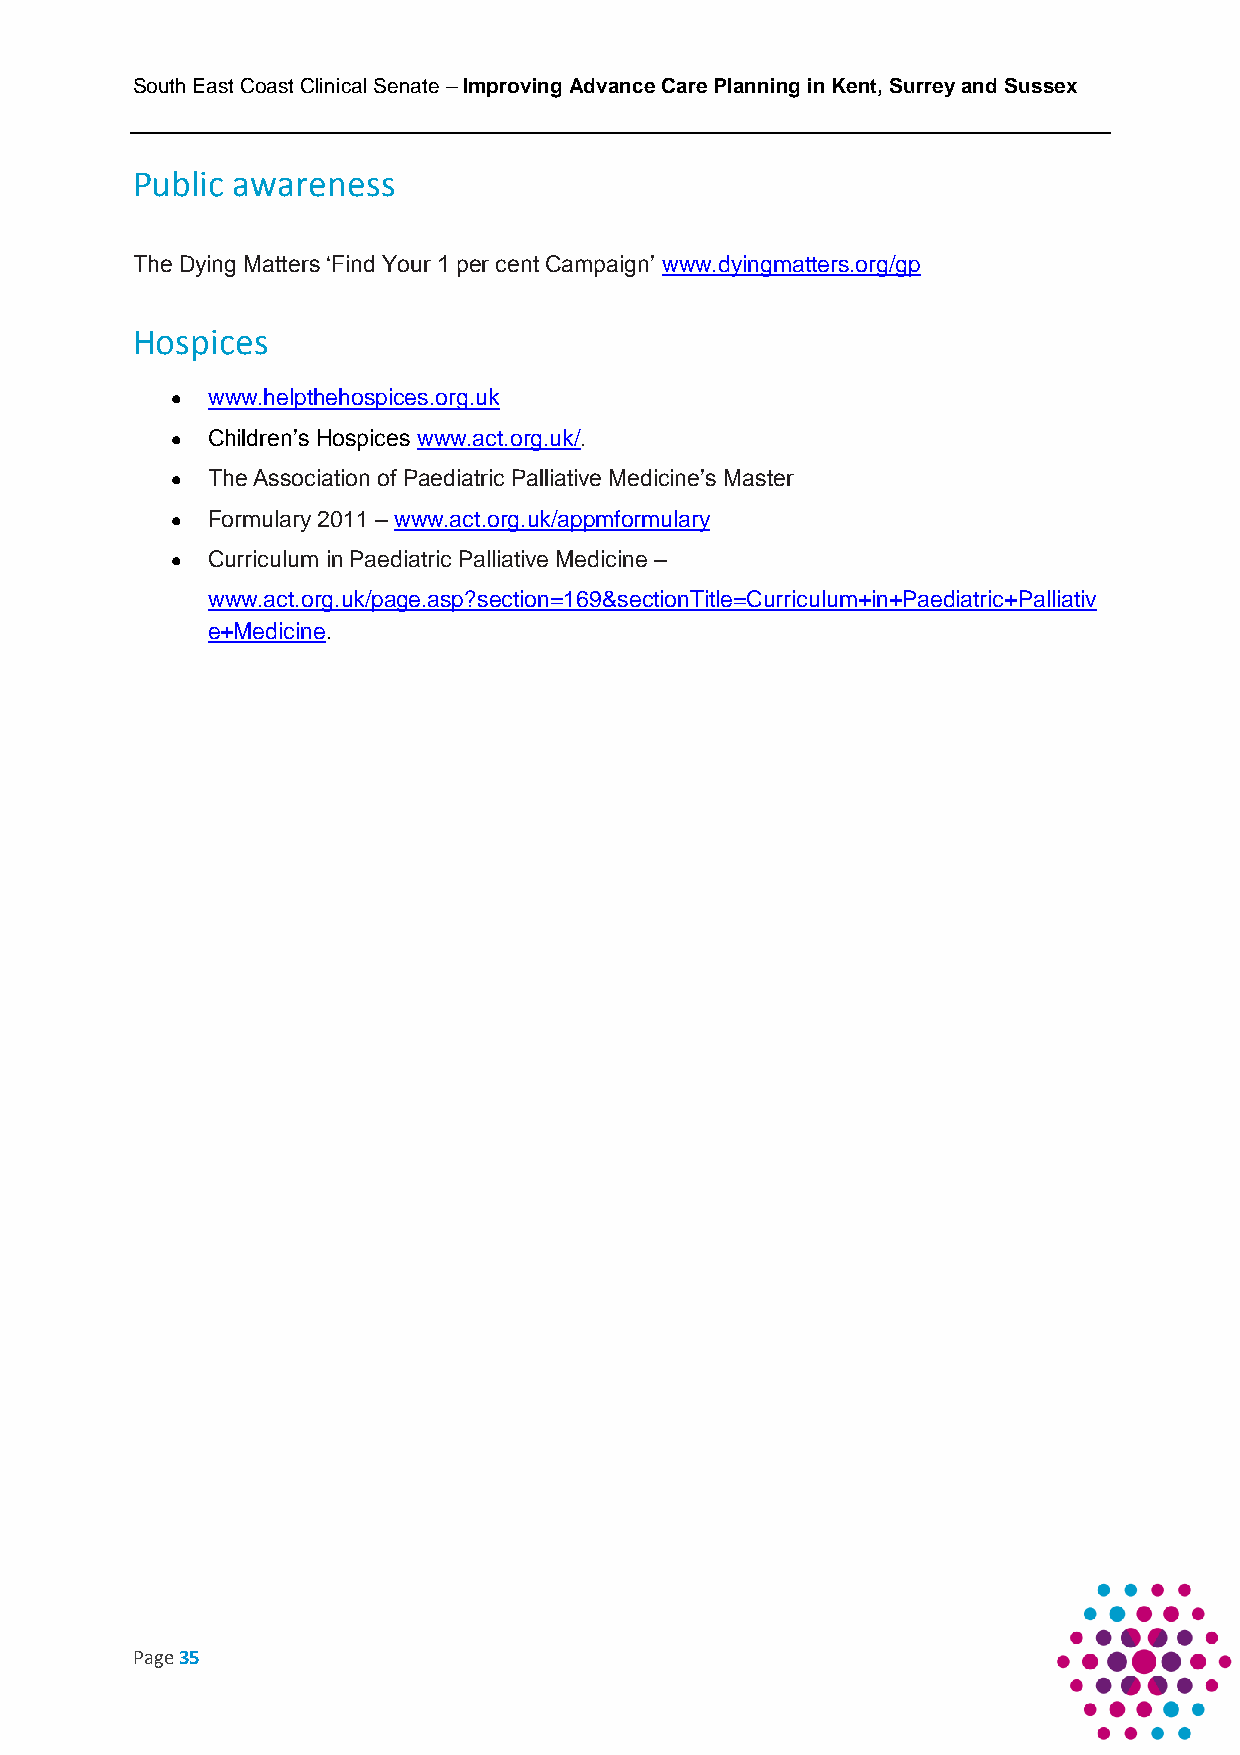
South East Coast Clinical Senate – Improving Advance Care Planning in Kent, Surrey and Sussex
 Public awareness
 The Dying Matters ‘Find Your 1 per cent Campaign’ www.dyingmatters.org/gp
 Hospices
   www.helpthehospices.org.uk
   Children’s Hospices www.act.org.uk/.
   The Association of Paediatric Palliative Medicine’s Master
   Formulary 2011 – www.act.org.uk/appmformulary
   Curriculum in Paediatric Palliative Medicine –
 www.act.org.uk/page.asp?section=169&sectionTitle=Curriculum+in+Paediatric+Palliativ
 e+Medicine.
 Page 35